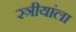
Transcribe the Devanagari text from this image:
स्त्रीयांला